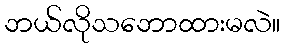
ဘယ်လိုသဘောထားမလဲ။